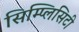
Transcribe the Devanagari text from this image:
सिम्प्लिसिटी